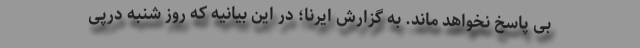
بی پاسخ نخواهد ماند. به گزارش ایرنا؛ در این بیانیه که روز شنبه درپی